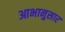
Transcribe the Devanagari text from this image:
आभानुसार